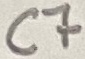
Text: C7